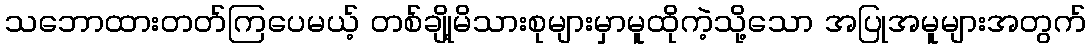
သဘောထားတတ်ကြပေမယ့် တစ်ချို့မိသားစုများမှာမူထိုကဲ့သို့သော အပြုအမူများအတွက်